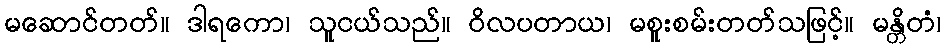
မဆောင်တတ်။ ဒါရကော၊ သူငယ်သည်။ ဝိလပတာယ၊ မစူးစမ်းတတ်သဖြင့်။ မန္တိတံ၊